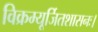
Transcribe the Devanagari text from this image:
विक्रम्यूर्जितशासनः।